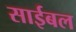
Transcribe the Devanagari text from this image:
साईबल